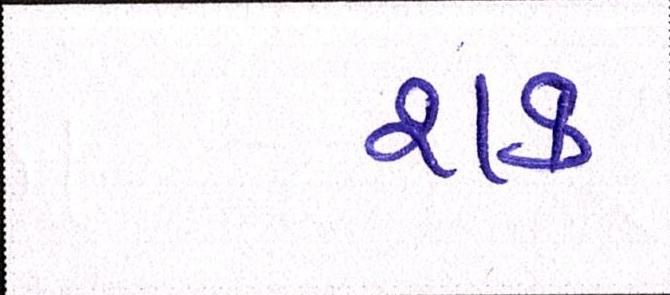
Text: શક